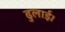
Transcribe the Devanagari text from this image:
ढुलाई।